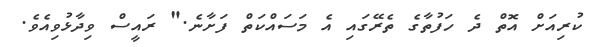
ކުރިއަށް އޮތް ދެ ހަފުތާގެ ތެރޭގައި އެ މަސައްކަތް ފަށާނެ." ރައީސް ވިދާޅުވިއެވެ.